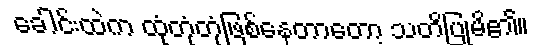
ခေါင်းထဲက ထုံတုံတုံဖြစ်နေတာတော့ သတိပြုမိ၏။